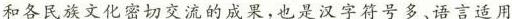
和各民族文化密切交流的成果.也是汉字符号多语言适用